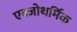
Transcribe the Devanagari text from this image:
एक्जोथर्मिक